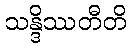
သန္ဒိဿတီတိ